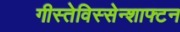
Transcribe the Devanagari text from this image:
गीस्तेविस्सेन्शाफ्टन